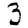
Digit: 3